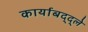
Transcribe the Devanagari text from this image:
कार्याबद्द्ले